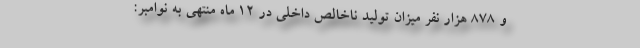
و ۸۷۸ هزار نفر میزان تولید ناخالص داخلی در ۱۲ ماه منتهی به نوامبر: